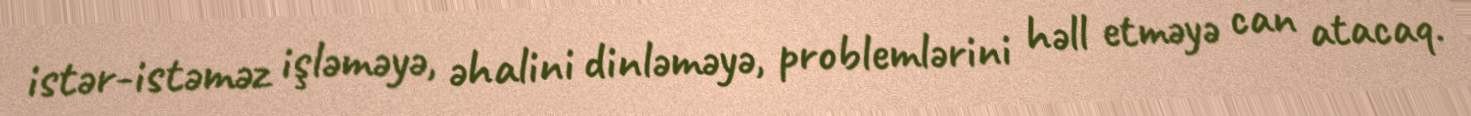
istər-istəməz işləməyə, əhalini dinləməyə, problemlərini həll etməyə can atacaq.